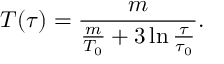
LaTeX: T ( \tau ) = \frac { m } { \frac { m } { T _ { 0 } } + 3 \ln \frac { \tau } { \tau _ { 0 } } } .